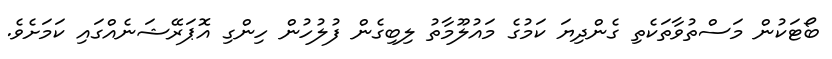
ބޯޓަކުން މަސްތުވާތަކެތި ގެންދިޔަ ކަމުގެ މައުލޫމާތު ލިބިގެން ފުލުހުން ހިންގި އޮޕަރޭޝަނެއްގައި ކަމަށެވެ.